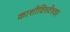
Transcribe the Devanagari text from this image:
काशीविश्‍वेश्‍वर